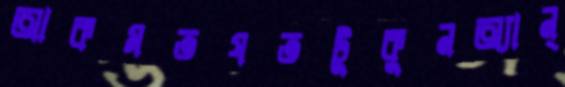
আকমতযতটুকুনঅ্যান্